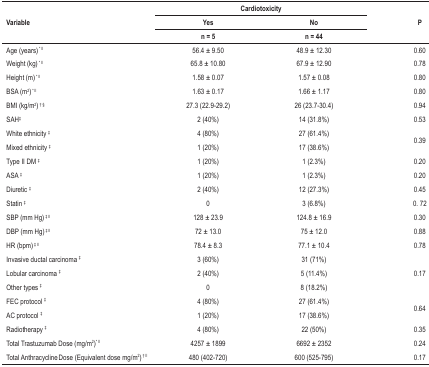
<table><thead><tr><td rowspan="3"><b>Variable</b></td><td colspan="2"><b>Cardiotoxicity</b></td><td rowspan="3"><b>P</b></td></tr><tr><td><b>Yes</b></td><td><b>No</b></td></tr><tr><td><b>n = 5</b></td><td><b>n = 44</b></td></tr></thead><tbody><tr><td>Age (years)*<sup>ll</sup></td><td>56.4 ± 9.50</td><td>48.9 ± 12.30</td><td>0.60</td></tr><tr><td>Weight (kg)*<sup>ll</sup></td><td>65.8 ± 10.80</td><td>67.9 ± 12.90</td><td>0.78</td></tr><tr><td>Height (m)*<sup>ll</sup></td><td>1.58 ± 0.07</td><td>1.57 ± 0.08</td><td>0.80</td></tr><tr><td>BSA (m<sup>2</sup>)*<sup>ll</sup></td><td>1.63 ± 0.17 </td><td>1.66 ± 1.17</td><td>0.80</td></tr><tr><td>BMI (kg/m<sup>2</sup>)<sup>†§</sup></td><td>27.3 (22.9-29.2)</td><td>26 (23.7-30.4)</td><td>0.94</td></tr><tr><td>SAH<sup>‡</sup></td><td>2 (40%)</td><td>14 (31.8%)</td><td>0.53</td></tr><tr><td>White ethnicity <sup>‡</sup></td><td>4 (80%)</td><td>27 (61.4%)</td><td rowspan="2">0.39</td></tr><tr><td>Mixed ethnicity <sup>‡</sup></td><td>1 (20%)</td><td>17 (38.6%)</td></tr><tr><td>Type II DM <sup>‡</sup></td><td>1 (20%)</td><td>1 (2.3%)</td><td>0.20</td></tr><tr><td>ASA <sup>‡</sup></td><td>1 (20%)</td><td>1 (2.3%)</td><td>0.20</td></tr><tr><td>Diuretic <sup>‡</sup></td><td>2 (40%)</td><td>12 (27.3%)</td><td>0.45</td></tr><tr><td>Statin <sup>‡</sup></td><td>0</td><td>3 (6.8%)</td><td>0. 72</td></tr><tr><td>SBP (mm Hg)<sup>‡ll</sup></td><td>128 ± 23.9</td><td>124.8 ± 16.9</td><td>0.30</td></tr><tr><td>DBP (mm Hg)<sup>‡ll</sup></td><td>72 ± 13.0</td><td>75 ± 12.0</td><td>0.88</td></tr><tr><td>HR (bpm)<sup>‡ll</sup></td><td>78.4 ± 8.3</td><td>77.1 ± 10.4</td><td>0.78</td></tr><tr><td>Invasive ductal carcinoma <sup>‡</sup></td><td>3 (60%)</td><td>31 (71%)</td><td> </td></tr><tr><td>Lobular carcinoma <sup>‡</sup></td><td>2 (40%)</td><td>5 (11.4%)</td><td>0.17</td></tr><tr><td>Other types <sup>‡</sup></td><td>0</td><td>8 (18.2%)</td><td> </td></tr><tr><td>FEC protocol <sup>‡</sup></td><td>4 (80%)</td><td>27 (61.4%)</td><td rowspan="2">0.64</td></tr><tr><td>AC protocol <sup>‡</sup></td><td>1 (20%)</td><td>17 (38.6%)</td></tr><tr><td>Radiotherapy <sup>‡</sup></td><td>4 (80%)</td><td>22 (50%)</td><td>0.35</td></tr><tr><td>Total Trastuzumab Dose (mg/m<sup>2</sup>)*<sup>ll</sup></td><td>4257 ± 1899</td><td>6692 ± 2352</td><td>0.24</td></tr><tr><td>Total Anthracycline Dose (Equivalent dosemg/m<sup>2</sup>)<sup>†ll</sup></td><td>480 (402-720)</td><td>600 (525-795)</td><td>0.17</td></tr></tbody></table>